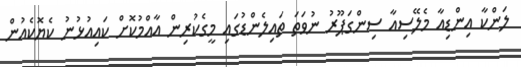
ލަންކާ އިންޑިއާ މެލޭސިއާ ސިންގަޕޫރު ނުވަތަ ތައިލެންޑުގައި މީގެކުރިން އާއްމުކޮށް ކައިއުޅުނު ކެޔޮކެއުން